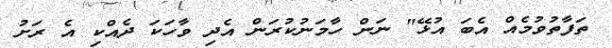
ތަފާތުވުމެއް އެބަ އުޅޭ" ނަން ހާމަނުކުރަން އެދި ވާހަކަ ދެއްކި އެ ރަށު